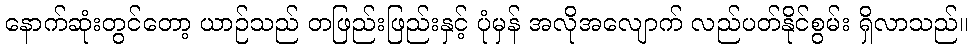
နောက်ဆုံးတွင်တော့ ယာဉ်သည် တဖြည်းဖြည်းနှင့် ပုံမှန် အလိုအလျောက် လည်ပတ်နိုင်စွမ်း ရှိလာသည်။